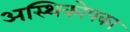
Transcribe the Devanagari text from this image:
अस्थिकोपका